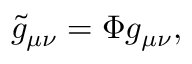
{ \tilde { g } } _ { \mu \nu } = \Phi g _ { \mu \nu } ,